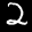
Label: 2